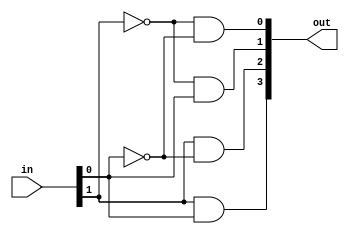
`timescale 1ns / 1ps
//////////////////////////////////////////////////////////////////////////////////
// Company: 
// Engineer: 
// 
// Design Name: 
// Module Name: decoder_structural
// Project Name: 
// Target Devices: 
// Tool Versions: 
// Description: 
// 
// Dependencies: 
// 
// Revision:
// Revision 0.01 - File Created
// Additional Comments:
// 
//////////////////////////////////////////////////////////////////////////////////


module decoder_structural(
    input [1:0] in,
    output [3:0] out
    );
    
    wire [1:0] not_in;
    
    not(not_in[0], in[0]);
    not(not_in[1], in[1]);

    and(out[0], not_in[1], not_in[0]);
    and(out[1], not_in[1], in[0]);
    and(out[2], in[1], not_in[0]);
    and(out[3], in[1], in[0]);

endmodule